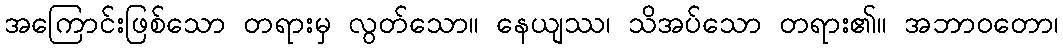
အကြောင်းဖြစ်သော တရားမှ လွတ်သော။ နေယျဿ၊ သိအပ်သော တရား၏။ အဘာဝတော၊